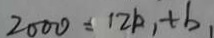
2 0 0 0 = 1 2 k , + b _ { 1 }